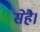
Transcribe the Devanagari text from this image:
सेहै।